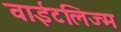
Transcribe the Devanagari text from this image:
वाईटलिज्म